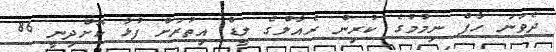
ދެވަނަ ހާފް ނިމުމުގެ ކުރިން ރެއާލްގެ ލީޑް އިތުރަށް ފުޅާ ކޮށްދިނީ 86